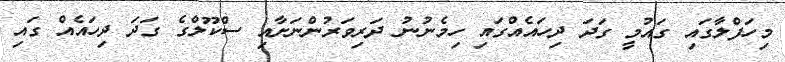
މިހަފްލާގައި ގައުމީ ގަދަ ދިހައެއްގައި ހިމެނުނު ދަރިވަރުންނަށާއި ސްކޫލްގެ ގަދަ ދިހައެއް ގައި